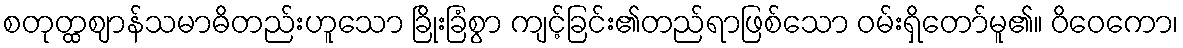
စတုတ္ထဈာန်သမာဓိတည်းဟူသော ခြိုးခြံစွာ ကျင့်ခြင်း၏တည်ရာဖြစ်သော ဝမ်းရှိတော်မူ၏။ ဝိဝေကော၊